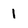
Character: 1